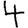
Digit: 4